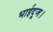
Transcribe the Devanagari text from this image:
भाईदूज।